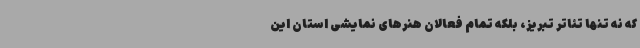
که نه تنها تئاتر تبریز، بلکه تمام فعالان هنرهای نمایشی استان این